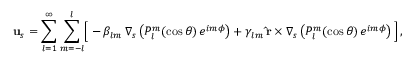
\begin{array} { r } { \mathbf { u } _ { s } = \displaystyle { \sum _ { l = 1 } ^ { \infty } } \, \displaystyle { \sum _ { m = - l } ^ { l } } \Big [ - \beta _ { l m } \, { \boldsymbol \nabla } _ { s } \left( P _ { l } ^ { m } ( \cos \theta ) \, e ^ { i m \phi } \right) + \gamma _ { l m } \, { \bf \hat { r } } \times { \boldsymbol \nabla } _ { s } \left( P _ { l } ^ { m } ( \cos \theta ) \, e ^ { i m \phi } \right) \Big ] \, , } \end{array}